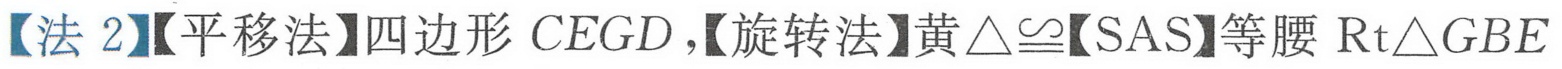
【法 2】【平移法】四边形$CEGD$，【旋转法】黄$\triangle\cong$【SAS】等腰$\text{Rt}\triangle GBE$